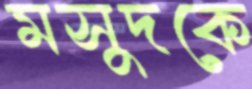
মসুদকে